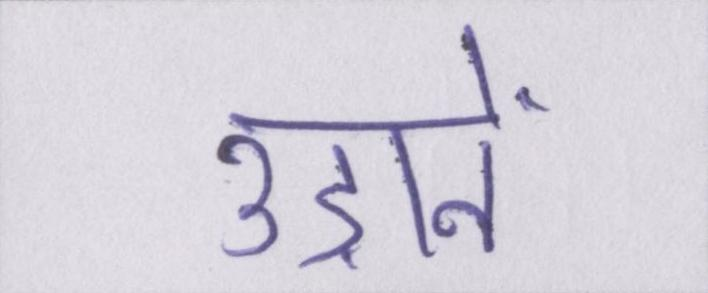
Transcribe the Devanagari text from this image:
उड़ानें